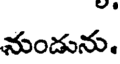
నుండును.